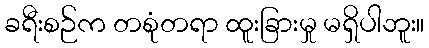
ခရီးစဉ်က တစုံတရာ ထူးခြားမှု မရှိပါဘူး။